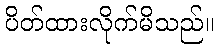
ပိတ်ထားလိုက်မိသည်။